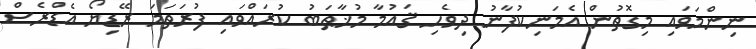
ނިންމަވައި މިގޮތުން އެމަނިކުފާނު ދިވެހި ޤައުމާ މުޚާޠަބު ކުރައްވައި ފުރަތަމަ ރޭޑިޔޯ އެޑްރެސް